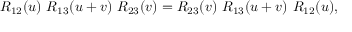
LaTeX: R _ { 1 2 } ( u ) \ R _ { 1 3 } ( u + v ) \ R _ { 2 3 } ( v ) = R _ { 2 3 } ( v ) \ R _ { 1 3 } ( u + v ) \ R _ { 1 2 } ( u ) ,